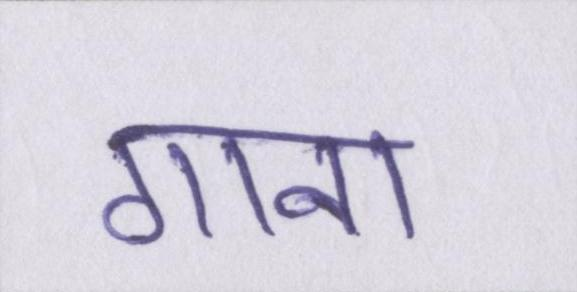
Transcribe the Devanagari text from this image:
गाना